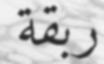
ربقة